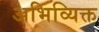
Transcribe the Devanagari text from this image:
अभिव्यिक्त